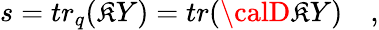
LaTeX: s=tr_{q}(\mathfrak{K}Y)=tr({\calD}\mathfrak{K}Y)\quad,